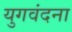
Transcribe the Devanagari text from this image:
युगवंदना